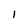
Character: 1